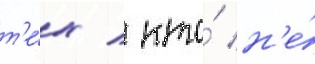
т'е́х / кто́ н'е́